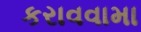
કરાવવામા